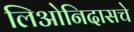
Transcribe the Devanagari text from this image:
लिओनिदासचे